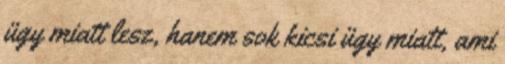
ügy miatt lesz, hanem sok kicsi ügy miatt, ami